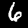
Label: 6